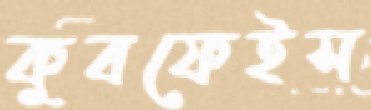
কুবফেইস